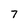
Character: 7